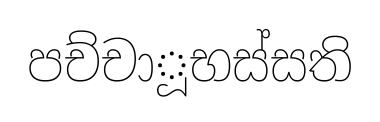
පච්චාූභස්සති